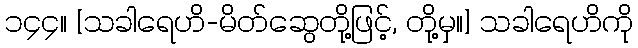
၁၄၄။ [သခါရေဟိ-မိတ်ဆွေတို့ဖြင့်, တို့မှ။] သခါရေဟိကို